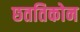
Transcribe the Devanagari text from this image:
छततिकोन